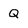
Character: Q